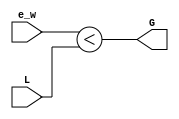
module Comparator(G, L, e_w);
  
  parameter size = 4;
  output G;
  input [((size*2)-1):0]L;
  input [(size-1):0]e_w;
 
 assign G=(e_w<L);

endmodule